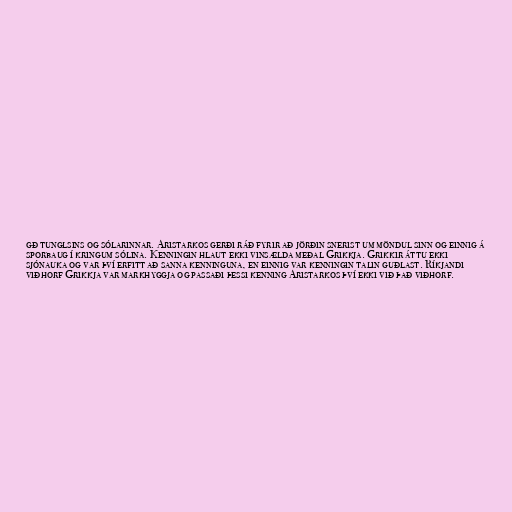
gð tunglsins og sólarinnar. Aristarkos gerði ráð fyrir að jörðin snerist um möndul sinn og einnig á
sporbaug í kringum sólina. Kenningin hlaut ekki vinsælda meðal Grikkja. Grikkir áttu ekki
sjónauka og var því erfitt að sanna kenninguna, en einnig var kenningin talin guðlast. Ríkjandi
viðhorf Grikkja var markhyggja og passaði þessi kenning Aristarkos því ekki við það viðhorf.